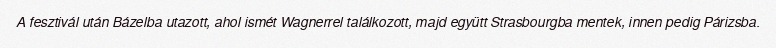
A fesztivál után Bázelba utazott, ahol ismét Wagnerrel találkozott, majd együtt Strasbourgba mentek, innen pedig Párizsba.